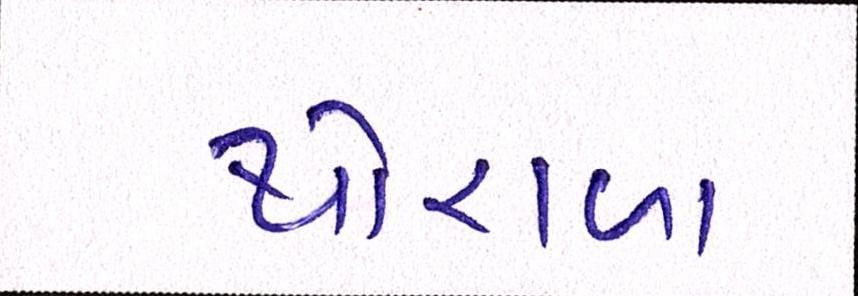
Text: થોરાળા